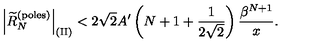
\left| \widetilde R _ { N } ^ { \mathrm { ( p o l e s ) } } \right| _ { \mathrm { ( I I ) } } < 2 \sqrt { 2 } A ^ { \prime } \left( N + 1 + { \frac { 1 } { 2 \sqrt { 2 } } } \right) { \frac { \beta ^ { N + 1 } } { x } } .